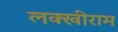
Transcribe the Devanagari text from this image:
लक्खीराम